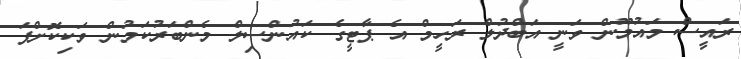
ރައީސް މައުމޫން ވަނީ އަބްދުލް ރަހީމް އެ ޕާޓީގެ ކައުންސިލް މެންބަރުކަމުން ވަކިކޮށްފަ